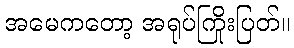
အမေကတော့ အရုပ်ကြိုးပြတ်။